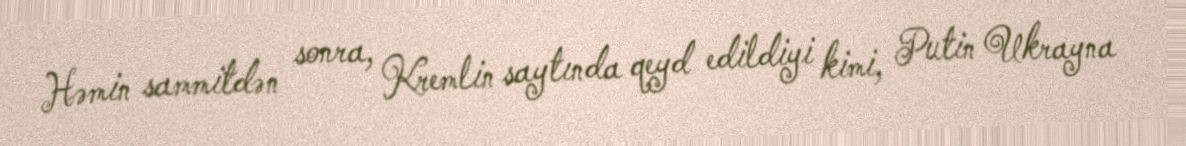
Həmin sammitdən sonra, Kremlin saytında qeyd edildiyi kimi, Putin Ukrayna